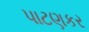
પાટણકર